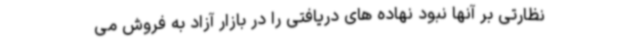
نظارتی بر آنها نبود نهاده های دریافتی را در بازار آزاد به فروش می